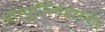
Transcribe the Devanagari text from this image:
ऑस्ट्रेलियासमोर